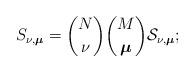
LaTeX: \begin{align*}S_{\nu,\boldsymbol\mu}=\binom{N}{\nu}\binom{M}{\boldsymbol\mu}\mathcal S_{\nu,\boldsymbol\mu};\end{align*}